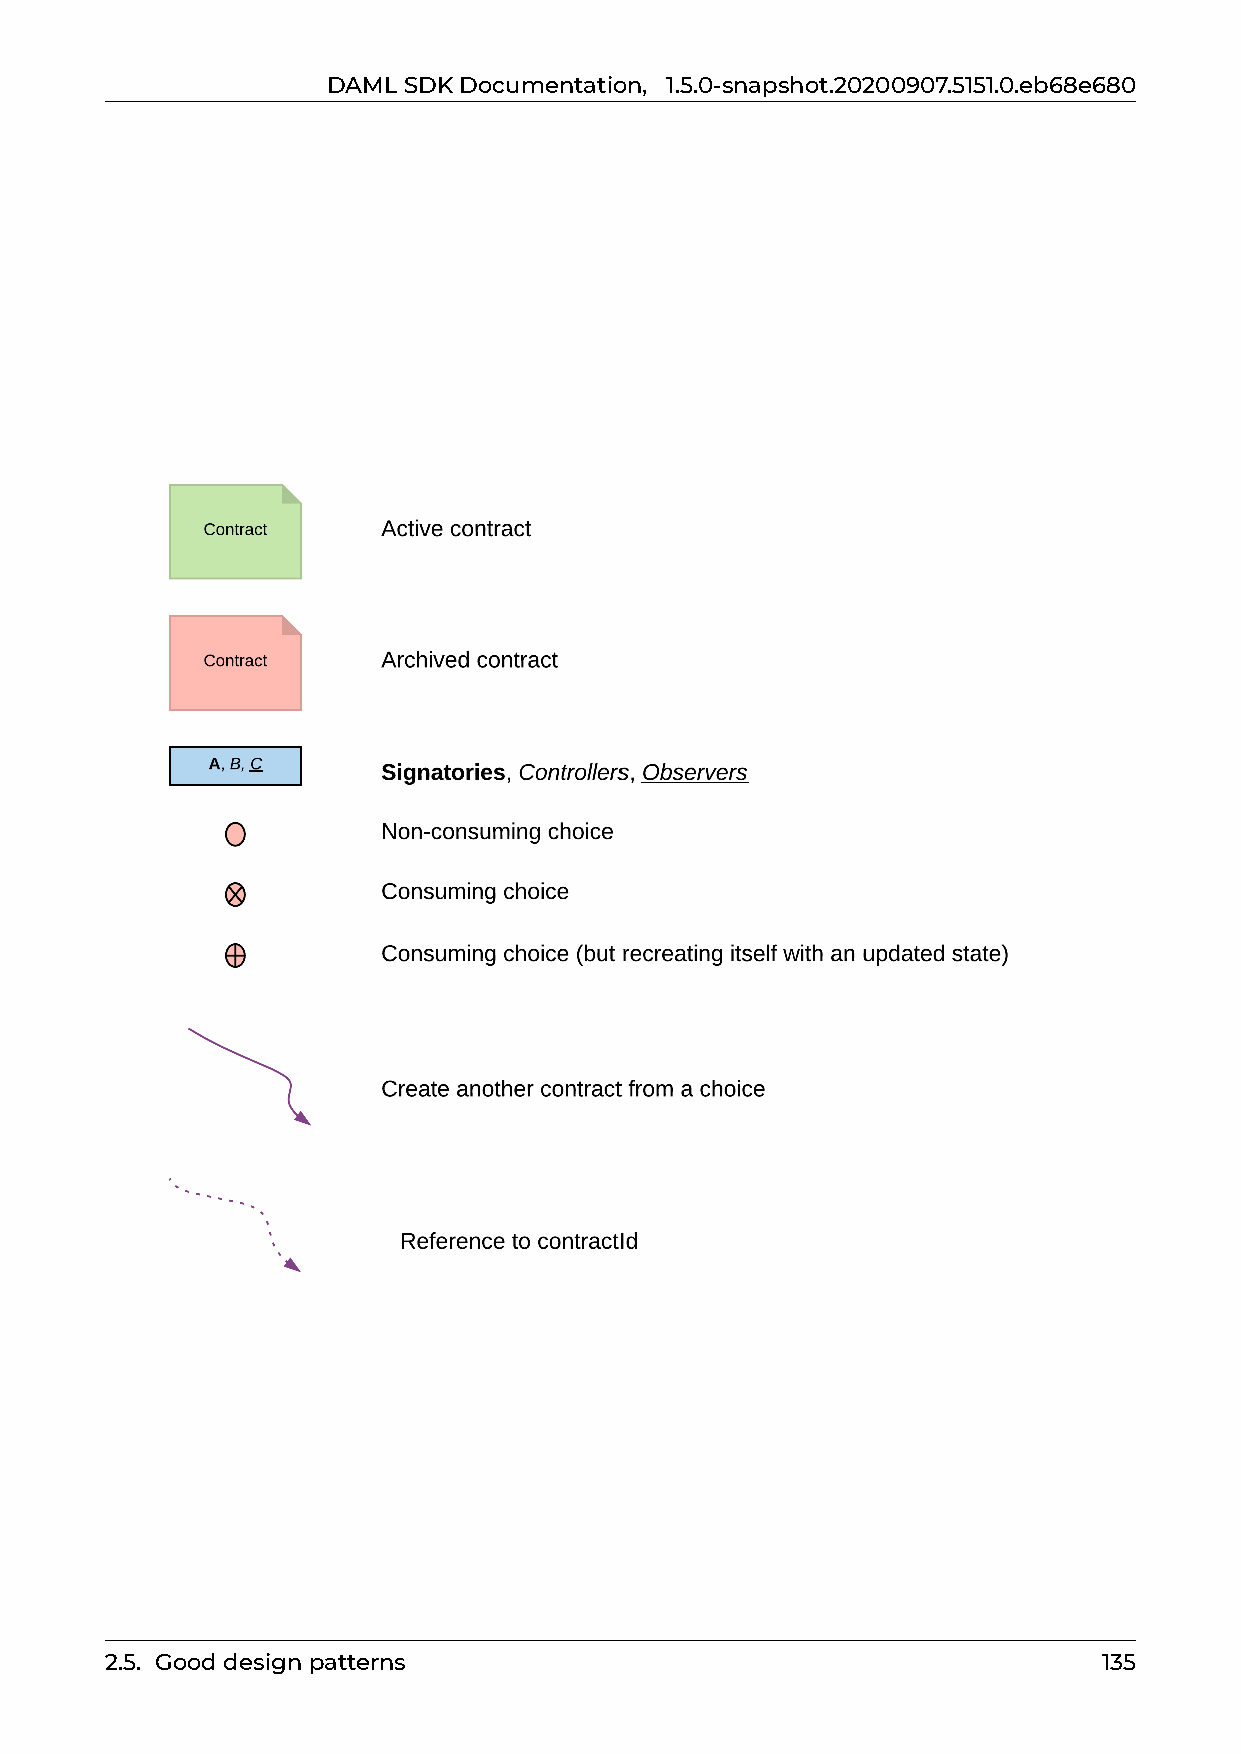
DAMLSDKDocumentation, 1.5.0-snapshot.20200907.5151.0.eb68e680
 2.5. Gooddesignpatterns                                           135